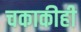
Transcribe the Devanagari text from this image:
चकाकीही